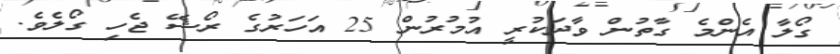
ގޯލާ އެންމެ ގާތުން ވާދަކުރީ އުމުރުން 25 އަހަރުގެ ރޯޝޭ ޖެހި ގޯލެވެ.